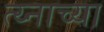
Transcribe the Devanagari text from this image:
त्य्नाच्या